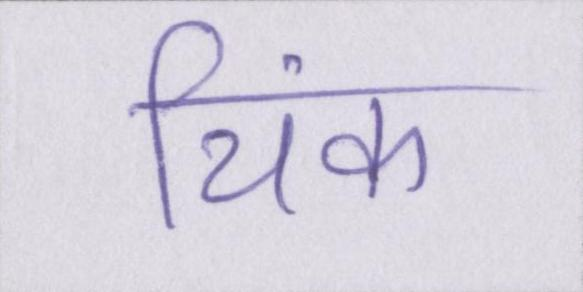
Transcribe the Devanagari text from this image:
थिंक